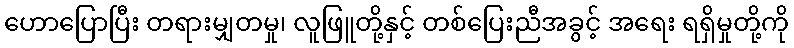
ဟောပြောပြီး တရားမျှတမှု၊ လူဖြူတို့နှင့် တစ်ပြေးညီအခွင့် အရေး ရရှိမှုတို့ကို